Indian journal of veterinary science and animal husbandry - Volumes 15-17, 1948-1951
Year: 1948
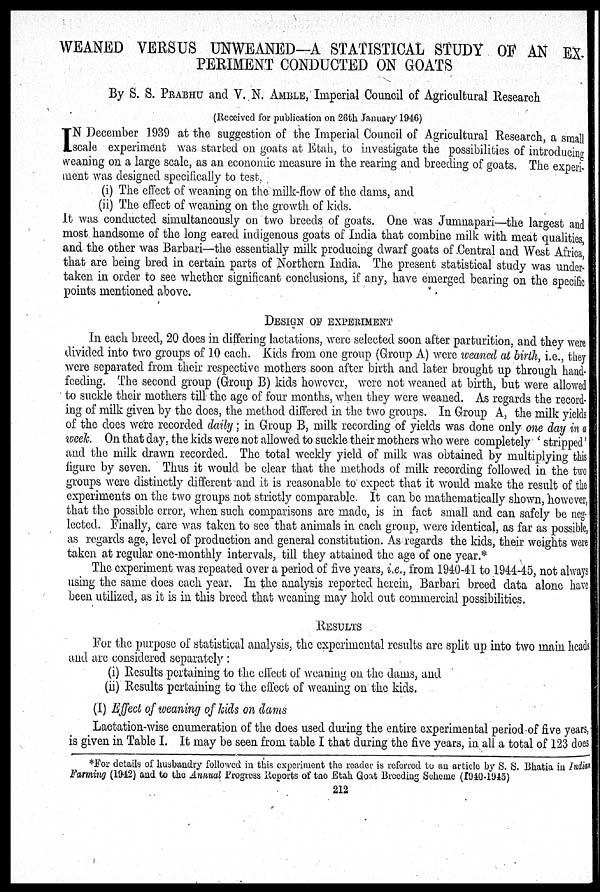
WEANED VERSUS UNWEANED—A STATISTICAL STUDY OF AN EX-
PERIMENT CONDUCTED ON GOATS
By S. S. PRABHU and V. N. AMBLE, Imperial Council of Agricultural Research
(Received for publication on 26th January 1946)
I N December 1939 at the suggestion of the Imperial Council of Agricultural Research, a small
scale experiment was started on goats at Etah, to investigate the possibilities of introducing
weaning on a large scale, as an economic measure in the rearing and breeding of goats. The experi-
ment was designed specifically to test,
(i) The effect of weaning on the milk-flow of the dams, and
(ii) The effect of weaning on the growth of kids.
It was conducted simultaneously on two breeds of goats. One was Jumnapari—the largest and
most handsome of the long eared indigenous goats of India that combine milk with meat qualities,
and the other was Barbari—the essentially milk producing dwarf goats of Central and West Africa,
that are being bred in certain parts of Northern India. The present statistical study was under-
taken in order to see whether significant conclusions, if any, have emerged bearing on the specific
points mentioned above.
DESIGN OF EXPERIMENT
In each breed, 20 does in differing lactations, were selected soon after parturition, and they were
divided into two groups of 10 each. Kids from one group (Group A.) were weaned at birth, i.e., they
were separated from their respective mothers soon after birth and later brought up through hand-
feeding. The second group (Group B) kids however, were not weaned at birth, but were allowed
to suckle their mothers till the age of four months, when they were weaned. As regards the record-
ing of milk given by the does, the method differed in the two groups. In Group A, the milk yields
of the does were recorded daily ; in Group B, milk recording of yields was done only one day in a
week. On that day, the kids were not allowed to suckle their mothers who were completely 'stripped'
and the milk drawn recorded. The total weekly yield of milk was obtained by multiplying this
figure by seven. Thus it would be clear that the methods of milk recording followed in the two
groups were distinctly different and it is reasonable to expect that it would make the result of the
experiments on the two groups not strictly comparable. It can be mathematically shown, however,
that the possible error, when such comparisons are made, is in fact small and can safely be neg-
lected. Finally, care was taken to see that animals in each group, were identical, as far as possible,
as regards age, level of production and general constitution. As regards the kids, their weights were
taken at regular one-monthly intervals, till they attained the age of one year.*
The experiment was repeated over a period of five years, i.e., from 1940-41 to 1944-45, not always
using the same does each year. In the analysis reported herein, Barbari breed data alone have
been utilized, as it is in this breed that weaning may hold out commercial possibilities.
RESULTS
For the purpose of statistical analysis, the experimental results are split up into two main heads
and are considered separately:
(i) Results pertaining to the effect of weaning on the dams, and
(ii) Results pertaining to the effect of weaning on the kids.
(I) Effect of weaning of kids on dams
Lactation-wise enumeration of the does used during the entire experimental period of five years,
is given in Table I. It may be seen from table I that during the five years, in all a total of 123 does
*For details of husbandry followed in this experiment the reader is referred to an article by S. S. Bhatia in Indian
Farming (1942) and to the Annual Progress Reports of the Etah Goat Breeding Scheme (1940-1945)
212